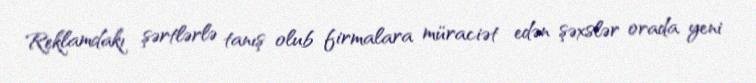
Reklamdakı şərtlərlə tanış olub firmalara müraciət edən şəxslər orada yeni